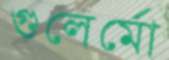
গুলের্মো